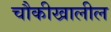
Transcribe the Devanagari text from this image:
चौकीखालील